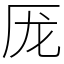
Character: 厐